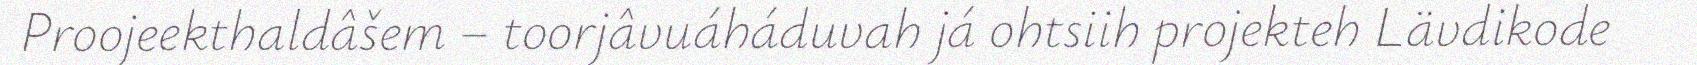
Proojeekthaldâšem – toorjâvuáháduvah já ohtsiih projekteh Lävdikode